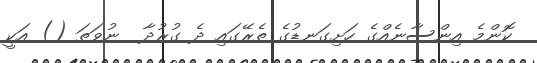
ކޮންމެ އިންސާނެއްގެ ހަށިގަނޑުގެ ތެރޭގައި ދެ ގުރުދާ  ނުވަތަ () އަކީ